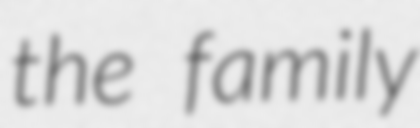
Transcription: the family